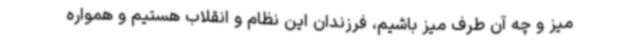
میز و چه آن طرف میز باشیم، فرزندان این نظام و انقلاب هستیم و همواره